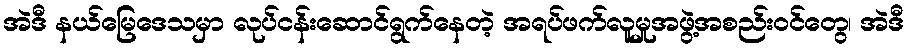
အဲဒီ နယ်မြေဒေသမှာ လုပ်ငန်းဆောင်ရွက်နေတဲ့ အရပ်ဖက်လူမှုအဖွဲ့အစည်းဝင်တွေ၊ အဲဒီ